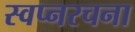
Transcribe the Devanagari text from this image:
स्वप्नरचना